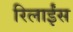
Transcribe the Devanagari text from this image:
रिलाईंस